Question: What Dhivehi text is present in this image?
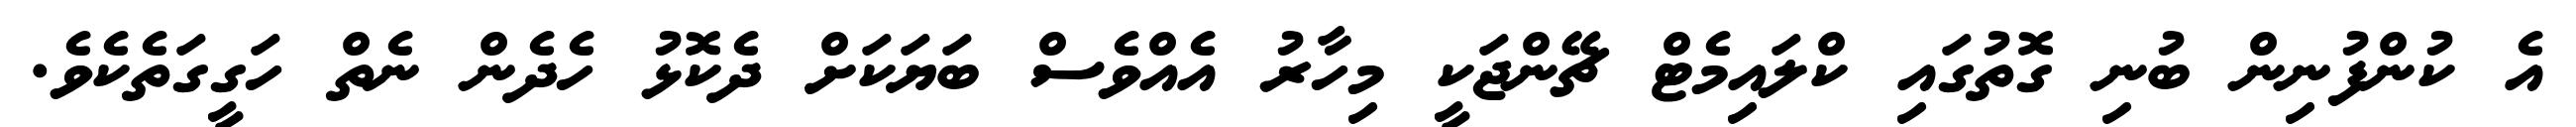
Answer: އެ ކުންފުނިން ބުނި ގޮތުގައި ކްލައިމެޓް ޗޭންޖަކީ މިހާރު އެއްވެސް ބަޔަކަށް ދެކޮޅު ހެދެން ނެތް ހަގީގަތެކެވެ.